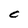
Character: C